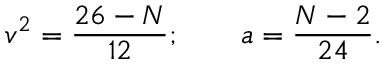
v ^ { 2 } = \frac { 2 6 - N } { 1 2 } ; \qquad a = \frac { N - 2 } { 2 4 } .